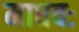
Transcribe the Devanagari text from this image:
माधवः